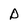
Character: D